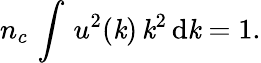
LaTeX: n_{c}\, \int\, u^{2}(\mathit{k})\, \mathit{k}^{2}\, \mathrm{d}\mathit{k}=1.